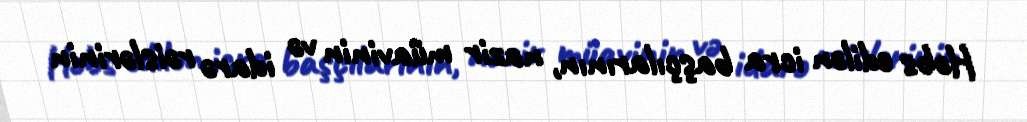
Həbs edilən icra başçılarının, nazir müavinin və idarə rəislərinin